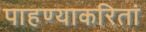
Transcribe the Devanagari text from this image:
पाहण्याकरितां